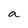
Character: a